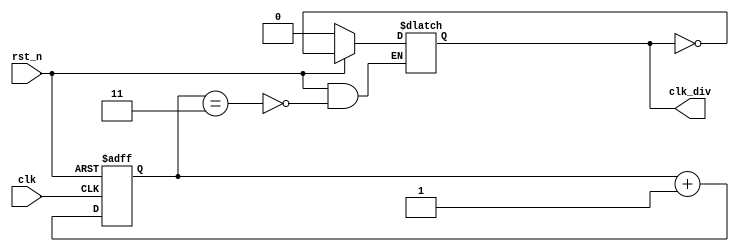
// This is a simple example.
// You can make a your own header file and set its path to settings.
// (Preferences > Package Settings > Verilog Gadget > Settings - User)
//
//		"header": "Packages/Verilog Gadget/template/verilog_header.v"
//
// -----------------------------------------------------------------------------
// Copyright (c) 2014-2023 All rights reserved
// -----------------------------------------------------------------------------
// Create : 2023-09-06 15:12:37
// Revise : 2023-09-06 15:12:37
// Editor : sublime text4, tab size (4)
// Descri : 
//			10MH6.25MHz
// -----------------------------------------------------------------------------
module Clk_Div (
	input clk,
	input rst_n, 
	output reg clk_div
);

	reg [1:0] cnt;

	always @(posedge clk or negedge rst_n) begin
		if(~rst_n) begin
			cnt <= 2'd0;
		end else begin
			cnt <= cnt + 2'd1;
		end
	end

	always @(*) begin
		if(!rst_n) begin
			clk_div = 1'd0;
		end else begin
			clk_div = (cnt == 2'd3) ? !clk_div : clk_div;
		end
	end

endmodule